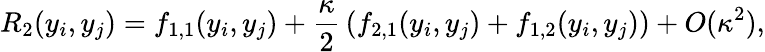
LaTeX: R_{2}(y_{i},y_{j})=f_{1,1}(y_{i},y_{j})+{\frac{\kappa}{2}}\left(f_{2,1}(y_{i},y_{j})+f_{1,2}(y_{i},y_{j})\right)+O(\kappa^{2}),